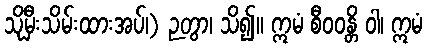
သိုမှီးသိမ်းထားအပ်၊) ဉတွာ၊ သိ၍။ ဣမံ စီဝဝန္တိ ဝါ၊ ဣမံ